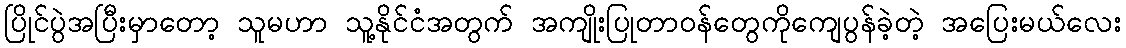
ပြိုင်ပွဲအပြီးမှာတော့ သူမဟာ သူ့နိုင်ငံအတွက် အကျိုးပြုတာဝန်တွေကိုကျေပွန်ခဲ့တဲ့ အပြေးမယ်လေး